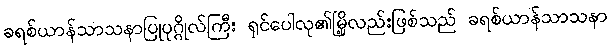
ခရစ်ယာန်သာသနာပြုပုဂ္ဂိုလ်ကြီး ရှင်ပေါလု၏မြို့လည်းဖြစ်သည် ခရစ်ယာန်သာသနာ